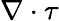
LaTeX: \nabla\cdot\mathbf{\tau}